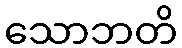
သောဘတိ